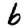
Digit: 6